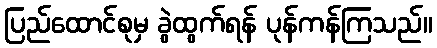
ပြည်ထောင်စုမှ ခွဲထွက်ရန် ပုန်ကန်ကြသည်။